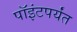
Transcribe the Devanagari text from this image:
पॉइंटपर्यंत